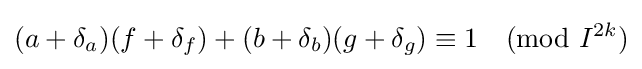
(a+\delta _{a})(f+\delta _{f})+(b+\delta _{b})(g+\delta _{g})\equiv 1{\pmod {I^{2k}}}